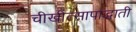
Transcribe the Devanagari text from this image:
चीखीत्सापाद्धाती